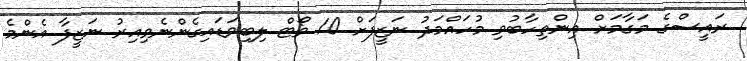
ރައީސްގެ މަގާމަށް އިންތިހާބުވި މުހައްމަދު ނަޒީފަށް 10 ވޯޓް ލިބިވަޑައިގެންނެވިއިރު ނަޒީފާ އެންމެ